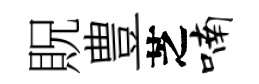
貺豊芝喃